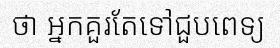
ថា អ្នកគួរតែទៅជួបពេទ្យ